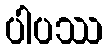
ပါပဿ